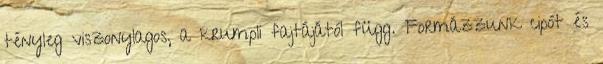
tényleg viszonylagos, a krumpli fajtájától függ. Formázzunk cipót és